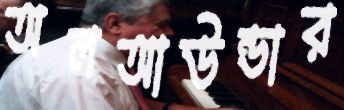
অলআউন্ডার